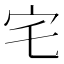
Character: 宅